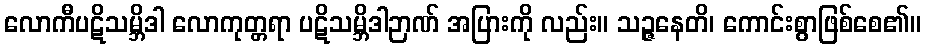
လောကီပဋိသမ္ဘိဒါ လောကုတ္တရာ ပဋိသမ္ဘိဒါဉာဏ် အပြားကို လည်း။ သဉ္ဇနေတိ၊ ကောင်းစွာဖြစ်စေ၏။